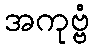
အကုဗ္ဗံ